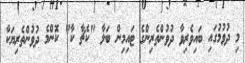
މި ދުވުމުގައި ބައިވެރިވާ ދުވުންތެރިންގެ ޓައިމިން ބަލާ "ކެޗާ ކާ" ކޮންމެ ދުވުންތެރިޔަކާ